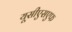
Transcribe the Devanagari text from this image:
यूसीएसएफ